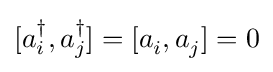
[a_{i}^{\dagger },a_{j}^{\dagger }]=[a_{i}^{\,},a_{j}^{\,}]=0